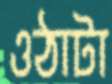
ওঠাটা